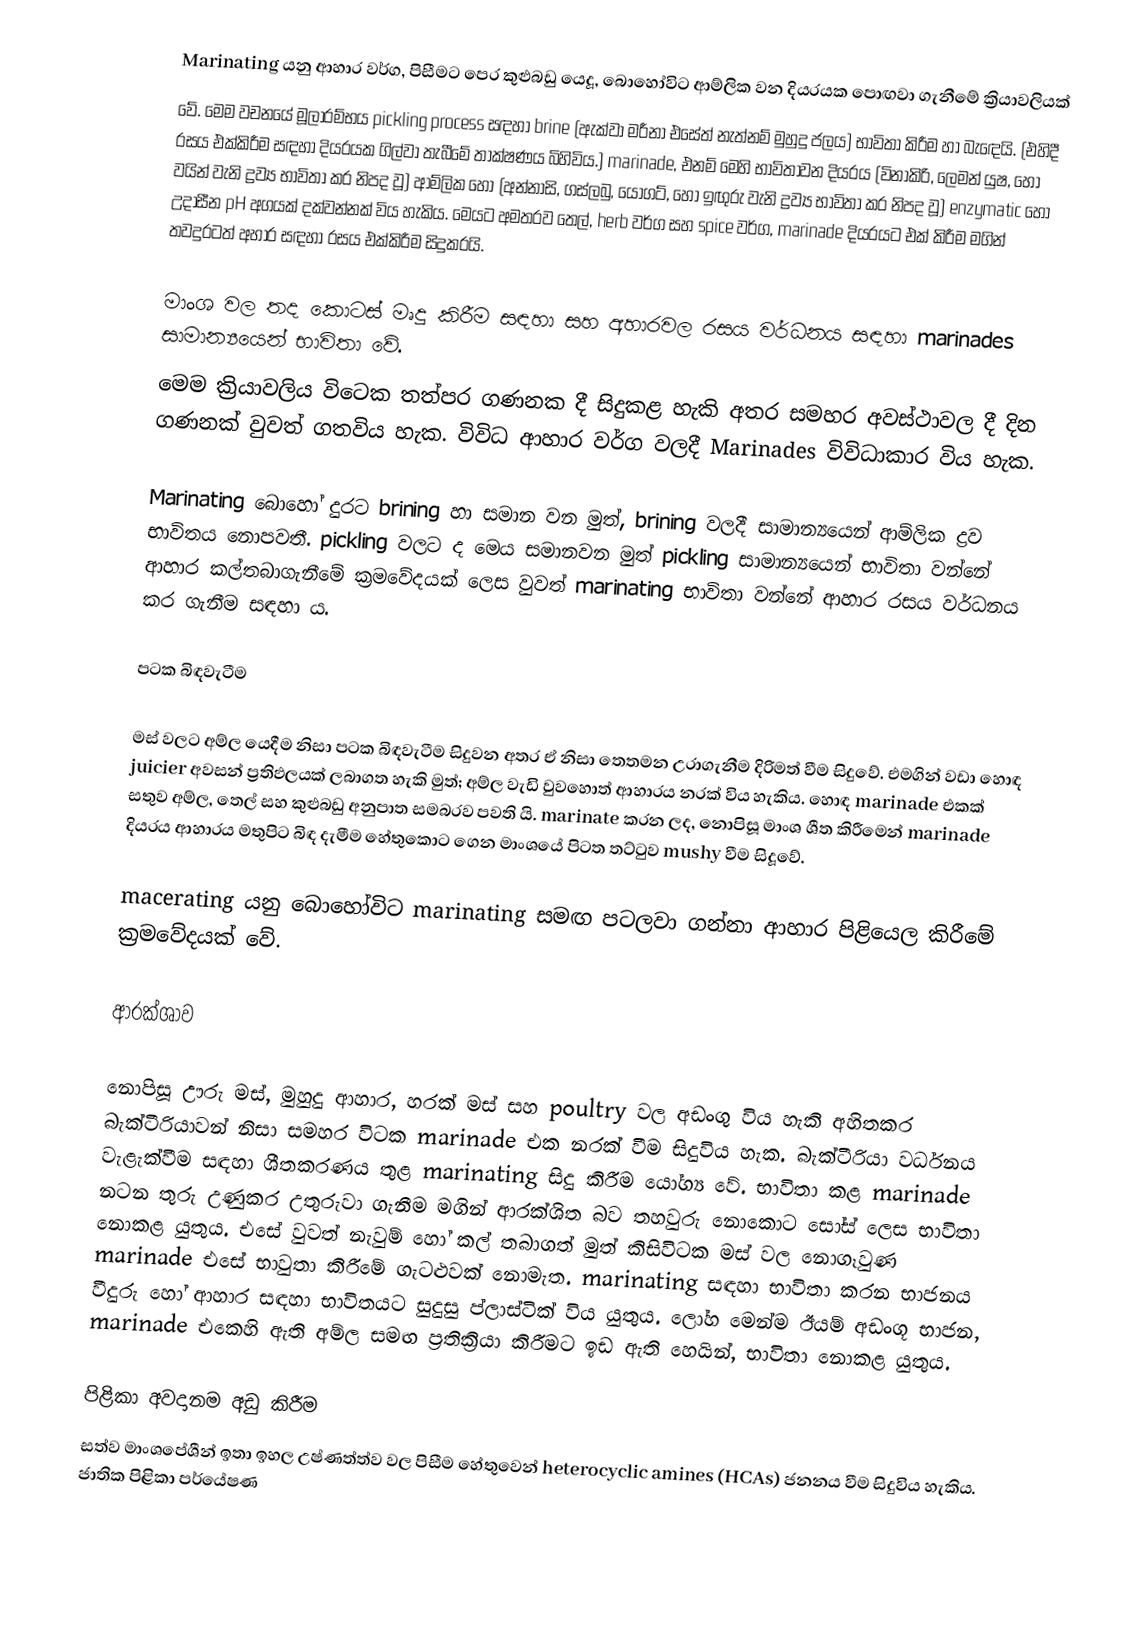
Marinating යනු ආහාර වර්ග, පිසීමට පෙර කුළුබඩු යෙදූ, බොහෝවිට ආම්ලික වන දියරයක පොඟවා ගැනීමේ ක්‍රියාවලියක්
වේ. මෙම වචනයේ මූලාරම්භය pickling process සඳහා brine (ඇක්වා මරීනා එසේත් නැත්නම් මුහුදු ජලය) භාවිතා කිරීම හා බැඳෙයි. (එහිදී රසය එක්කිරීම සඳහා දියරයක ගිල්වා තැබීමේ තාක්ෂණය බිහිවිය.) marinade, එනම් මෙහි භාවිතාවන දියරය (විනාකිරි, ලෙමන් යුෂ, හෝ වයින් වැනි ද්‍රව්‍ය භාවිතා කර නිපද වූ) ආම්ලික හෝ (අන්නාසි, ගස්ලබු, යෝගට්, හෝ ඉඟුරු වැනි ද්‍රව්‍ය භාවිතා කර නිපද වූ) enzymatic හෝ උදාසීන pH අගයක් දක්වන්නක් විය හැකිය. මෙයට අමතරව තෙල්, herb වර්ග සහ spice වර්ග, marinade දියරයට එක් කිරීම මගින් තවදුරටත් අහාර සඳහා රසය එක්කිරීම සිදුකරයි.

මාංශ වල තද කොටස් මෘදු කිරීම සඳහා සහ අහාරවල රසය වර්ධනය සඳහා marinades සාමාන්‍යයෙන් භාවිතා වේ.
මෙම ක්‍රියාවලිය විටෙක තත්පර ගණනක දී සිදුකළ හැකි අතර සමහර අවස්ථාවල දී දින ගණනක් වුවත් ගතවිය හැක. විවිධ ආහාර වර්ග වලදී Marinades විවිධාකාර විය හැක.

Marinating බොහෝ දුරට brining හා සමාන වන මුත්, brining වලදී සාමාන්‍යයෙන් ආම්ලික ද්‍රව භාවිතය නොපවතී. pickling වලට ද මෙය සමානවන මුත් pickling සාමාන්‍යයෙන් භාවිතා වන්නේ ආහාර කල්තබාගැනීමේ ක්‍රමවේදයක් ලෙස වුවත් marinating භාවිතා වන්නේ ආහාර රසය වර්ධනය කර ගැනීම සඳහා ය.

පටක බිඳවැටීම

මස් වලට අම්ල යෙදීම නිසා පටක බිඳවැටීම සිදුවන අතර ඒ නිසා තෙතමන උරාගැනීම දිරිමත් වීම සිදුවේ. එමගින් වඩා හොඳ juicier අවසන් ප්‍රතිඵලයක් ලබාගත හැකි මුත්; අම්ල වැඩි වුවහොත් ආහාරය නරක් විය හැකිය. හොඳ marinade එකක් සතුව අම්ල, තෙල් සහ කුළුබඩු අනුපාත සමබරව පවති යි. marinate කරන ලද, නොපිසූ  මාංශ ශීත කිරීමෙන් marinade දියරය ආහාරය මතුපිට බිඳ දැමීම හේතුකොට ගෙන මාංශයේ පිටත තට්ටුව mushy වීම සිදූවේ.

macerating යනු බොහෝවිට marinating සමඟ පටලවා ගන්නා ආහාර පිළියෙල කිරීමේ ක්‍රමවේදයක් වේ.

ආරක්ශාව

නොපිසූ ඌරු මස්, මුහුදු ආහාර, හරක් මස් සහ poultry වල අඩංගු විය හැකි අහිතකර බැක්ටීරියාවන් නිසා සමහර විටක marinade එක නරක් වීම සිදුවිය හැක. බැක්ටීරියා වර්ධනය වැළැක්වීම සඳහා ශීතකරණය තුළ marinating සිදු කිරීම යෝග්‍ය වේ. භාවිතා කළ marinade නටන තුරු උණුකර උතුරුවා ගැනීම මගින් ආරක්ශිත බව තහවුරු නොකොට සෝස් ලෙස භාවිතා නොකළ යුතුය. එසේ වුවත් නැවුම් හෝ කල් තබාගත් මුත් කිසිවිටක මස් වල නොගෑවුණ marinade එසේ භාවුතා කිරීමේ ගැටළුවක් නොමැත.  marinating සඳහා භාවිතා කරන භාජනය වීදුරු හෝ ආහාර සඳහා භාවිතයට සුදුසු ප්ලාස්ටික් විය යුතුය. ලෝහ මෙන්ම ඊයම් අඩංගූ භාජන, marinade එකෙහි ඇති අම්ල සමඟ ප්‍රතික්‍රියා කිරීමට ඉඩ ඇති හෙයින්, භාවිතා නොකළ යුතුය.

පිළිකා අවදානම අඩු කිරීම
සත්ව මාංශපේශීන් ඉතා ඉහල උෂ්ණත්ත්ව වල පිසීම හේතුවෙන් heterocyclic amines (HCAs) ජනනය වීම සිදුවිය හැකිය. ජාතික පිළිකා පර්යේෂණ